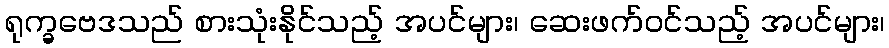
ရုက္ခဗေဒသည် စားသုံးနိုင်သည့် အပင်များ၊ ဆေးဖက်ဝင်သည့် အပင်များ၊